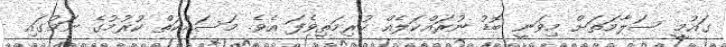
ގައުމީ ސަލާމަތަށް މިވަނީ ބޮޑު ނުރައްކަލެއް ކުރިމަތިވެފަ އެވެ. މަސައްކަތް ކުރުމުގެ ނަމުގައި